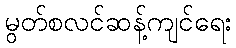
မွတ်စလင်ဆန့်ကျင်ရေး